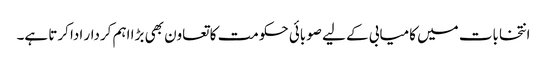
انتخابات میں کامیابی کے لیے صوبائی حکومت کا تعاون بھی بڑا اہم کردار ادا کرتا ہے۔